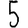
Digit: 5